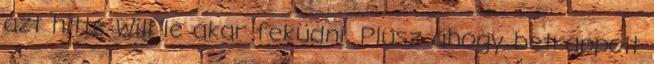
azt hitte Will le akar feküdni. Plusz ahogy betrappolt